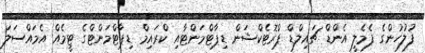
ފުލުހުންގެ ފެމެލީ އެންޑް ޗައިލްޑް ޕްރޮޓެކްޝަން ޑިޕާޓްމަންޓާއި ކްރައިމް ޑިޕާޓްމަންޓްގެ ޓީމެއް އެމައްސަލަ